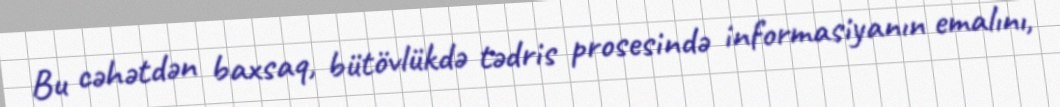
Bu cəhətdən baxsaq, bütövlükdə tədris prosesində informasiyanın emalını,